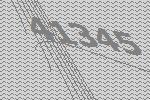
41345